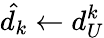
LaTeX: \hat{d_{k}}\gets d_{U}^{k}